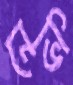
নেভি